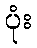
ပုံး